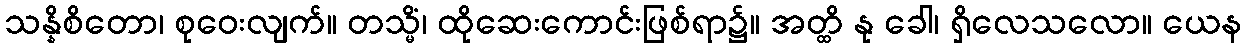
သန္နိစိတော၊ စုဝေးလျက်။ တသ္မိံ၊ ထိုဆေးကောင်းဖြစ်ရာ၌။ အတ္ထိ နု ခေါ၊ ရှိလေသလော။ ယေန